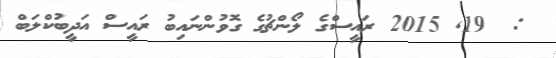
:  19